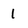
Character: 1